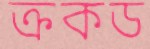
ক্রকড